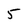
Character: 5